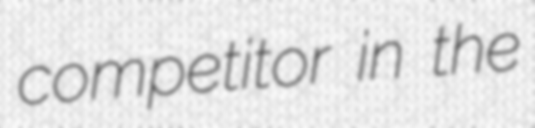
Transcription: competitor in the